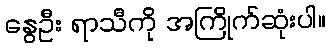
နွေဦး ရာသီကို အကြိုက်ဆုံးပါ။